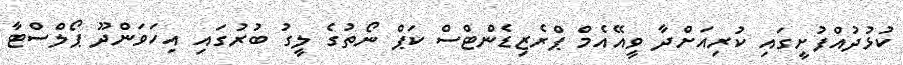
ކުޅުދުއްފުށީގައި ކުރިއަށްދާ ވީއޭއެމް ޕްރެޒިޑެންޓްސް ކަޕް ނޯތުގެ ލީގު ބުރުގައި އިހަވަންދޫ ޕޯލްސްޓާ